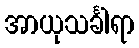
အာယုသင်္ခါရာ